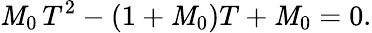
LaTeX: \mathit{M}_{0}\, T^{2}-(1+\mathit{M}_{0})T+\mathit{M}_{0}=0.